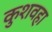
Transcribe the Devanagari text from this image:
कुशवहा